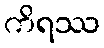
ကိရဿ